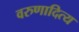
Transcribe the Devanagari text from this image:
वरुणादित्य